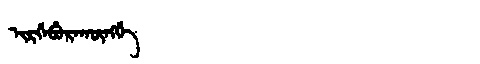
Manchu: ᡳᡵᡤᡝᠪᡠᡵᠠᡴᡡᠩᡤᡝ
Romanization: IRGEBURAKŪNGGE